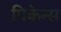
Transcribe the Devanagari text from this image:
पिकेन्स